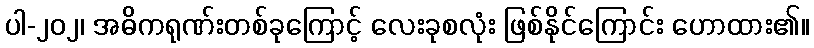
ပါ-၂၀၂၊ အဓိကရုဏ်းတစ်ခုကြောင့် လေးခုစလုံး ဖြစ်နိုင်ကြောင်း ဟောထား၏။